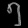
Digit: ၅